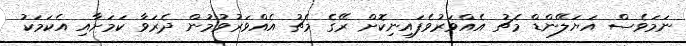
ނަމަވެސް އަޔަލޭންޑް މެޗު އެއްވަރުވެފައިނިކޮށް ރޭގެ މެޗު އެއްވަރުވުމުން ދެރަވާ ކަމަށާއި އެކަމަކު